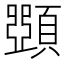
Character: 𩔡